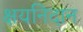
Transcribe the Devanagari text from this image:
क्षयनिदान